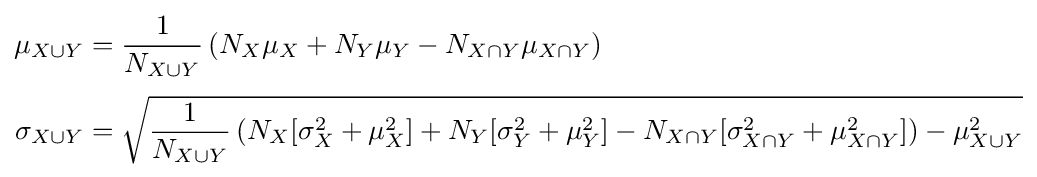
{\begin{aligned}\mu _{X\cup Y}&={\frac {1}{N_{X\cup Y}}}\left(N_{X}\mu _{X}+N_{Y}\mu _{Y}-N_{X\cap Y}\mu _{X\cap Y}\right)\\[3pt]\sigma _{X\cup Y}&={\sqrt {{\frac {1}{N_{X\cup Y}}}\left(N_{X}[\sigma _{X}^{2}+\mu _{X}^{2}]+N_{Y}[\sigma _{Y}^{2}+\mu _{Y}^{2}]-N_{X\cap Y}[\sigma _{X\cap Y}^{2}+\mu _{X\cap Y}^{2}]\right)-\mu _{X\cup Y}^{2}}}\end{aligned}}